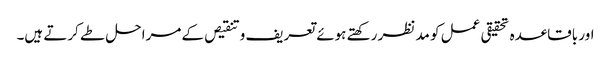
اور باقاعدہ تحقیقی عمل کو مد نظر رکھتے ہوئے تعریف و تنقیص کے مراحل طے کرتے ہیں۔